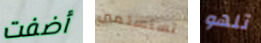
أضفت تستسلمين تلهو